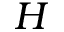
H